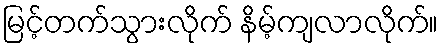
မြင့်တက်သွားလိုက် နိမ့်ကျလာလိုက်။